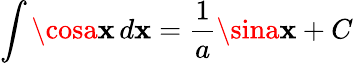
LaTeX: \int\cosa\mathbf{x}\, d\mathbf{x}={\frac{{1}}{{a}}}\sina\mathbf{x}+C